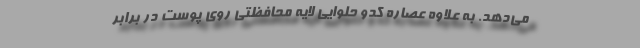
می‌دهد. به علاوه عصاره کدو حلوایی لایه محافظتی روی پوست در برابر